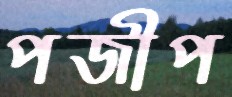
পজীপ